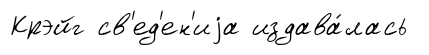
Крэйг св'ед'ен'иjа издава́лась